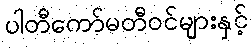
ပါတီကော်မတီဝင်များနှင့်